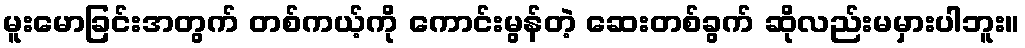
မူးမောခြင်းအတွက် တစ်ကယ့်ကို ကောင်းမွန်တဲ့ ဆေးတစ်ခွက် ဆိုလည်းမမှားပါဘူး။